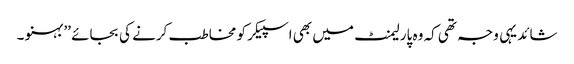
شائد یہی وجہ تھی کہ وہ پارلیمنٹ میں بھی اسپیکر کو مخاطب کرنے کی بجائے ’’ بہنو ۔